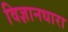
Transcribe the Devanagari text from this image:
विज्ञानधारा